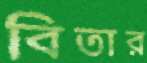
বিতার